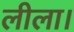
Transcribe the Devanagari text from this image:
लीला।